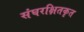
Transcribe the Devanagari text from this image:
संघरक्षितकृत